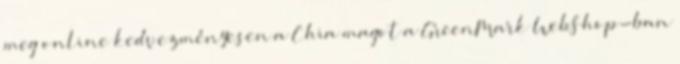
meg online kedvezményesen a Chia magot a GreenMark WebShop-ban